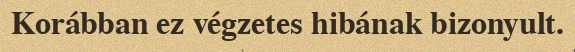
Korábban ez végzetes hibának bizonyult.